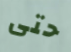
حتى